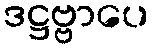
ဒဋ္ဌဗ္ဗာပေ